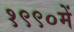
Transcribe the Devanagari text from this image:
१९९०में